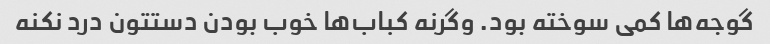
گوجه‌ها کمی سوخته بود. وگرنه کباب‌ها خوب بودن دستتون درد نکنه